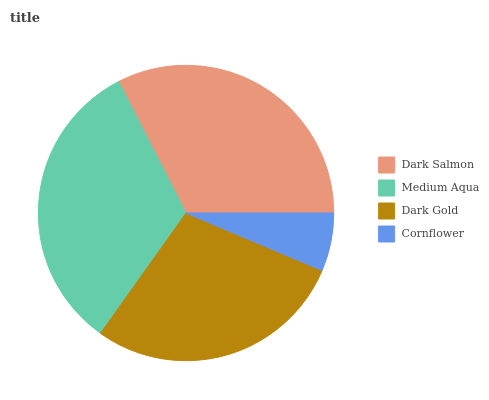
| Dark Salmon | Medium Aqua | Dark Gold | Cornflower |
 | --- | --- | --- | --- |
 | 32.5% | 32.6% | 28.5% | 6.35% |